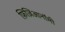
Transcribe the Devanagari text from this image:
फ़िज़िआनॉमी